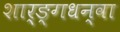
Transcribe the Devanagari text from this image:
शार्ङ्गधन्वा